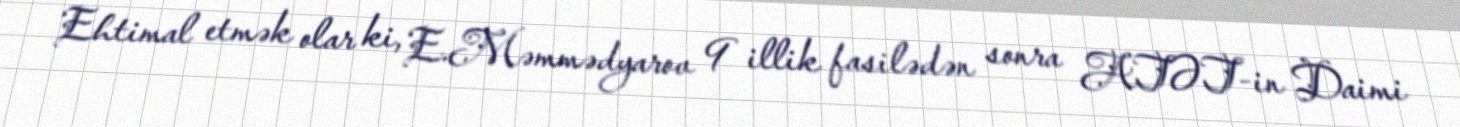
Ehtimal etmək olar ki, E.Məmmədyarov 9 illik fasilədən sonra ATƏT-in Daimi